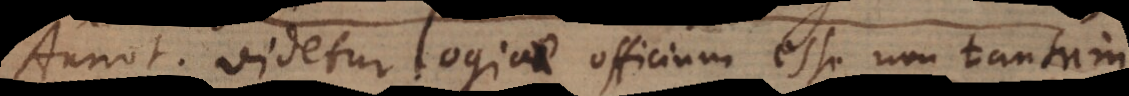
Annot. Videtur logicae officium esse non tantum